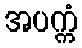
အပက္ကံ